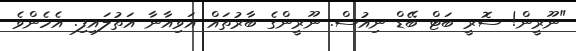
"ނޫރީން! ސޮރީ ބަޓް ބޭޑް ނިއުސް. ނޫރީންގެ ބާރުތައް އަވިއާނާ އަތުލައިފި. އެހެންވެ